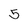
Character: 5